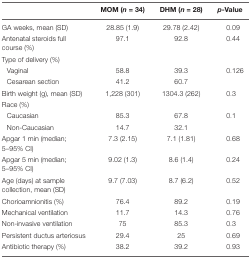
|  | MOM (n = 34) | DHM (n = 28) | p-Value |
 | --- | --- | --- | --- |
 | GA weeks, mean (SD) | 28.85 (1.9) | 29.78 (2.42) | 0.09 |
 | Antenatal steroids full course (%) | 97.1 | 92.8 | 0.44 |
 | Type of delivery (%) |  |  |  |
 | Vaginal | 58.8 | 39.3 | 0.126 |
 | Cesarean section | 41.2 | 60.7 |  |
 | Birth weight (g), mean (SD) | 1,228 (301) | 1304.3 (262) | 0.3 |
 | Race (%) |  |  |  |
 | Caucasian | 85.3 | 67.8 | 0.1 |
 | Non-Caucasian | 14.7 | 32.1 |  |
 | Apgar 1 min (median; 5–95% CI) | 7.3 (2.15) | 7.1 (1.81) | 0.68 |
 | Apgar 5 min (median; 5–95% CI) | 9.02 (1.3) | 8.6 (1.4) | 0.24 |
 | Age (days) at sample collection, mean (SD) | 9.7 (7.03) | 8.7 (6.2) | 0.52 |
 | Chorioamnionitis (%) | 76.4 | 89.2 | 0.19 |
 | Mechanical ventilation | 11.7 | 14.3 | 0.76 |
 | Non-invasive ventilation | 75 | 85.3 | 0.3 |
 | Persistent ductus arteriosus | 29.4 | 25 | 0.69 |
 | Antibiotic therapy (%) | 38.2 | 39.2 | 0.93 |